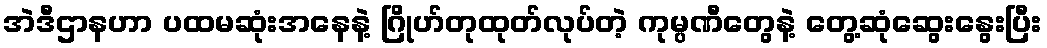
အဲဒီဌာနဟာ ပထမဆုံးအနေနဲ့ ဂြိုဟ်တုထုတ်လုပ်တဲ့ ကုမ္ပဏီတွေနဲ့ တွေ့ဆုံဆွေးနွေးပြီး